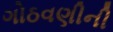
ગોઠવણીની